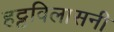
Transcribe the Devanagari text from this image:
हट्टविलासनी